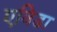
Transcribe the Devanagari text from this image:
एविडा